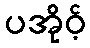
ပအိုဝ့်